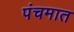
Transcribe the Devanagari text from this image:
पंचमात